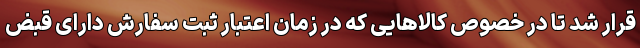
قرار شد تا در خصوص کالاهایی که در زمان اعتبار ثبت سفارش دارای قبض